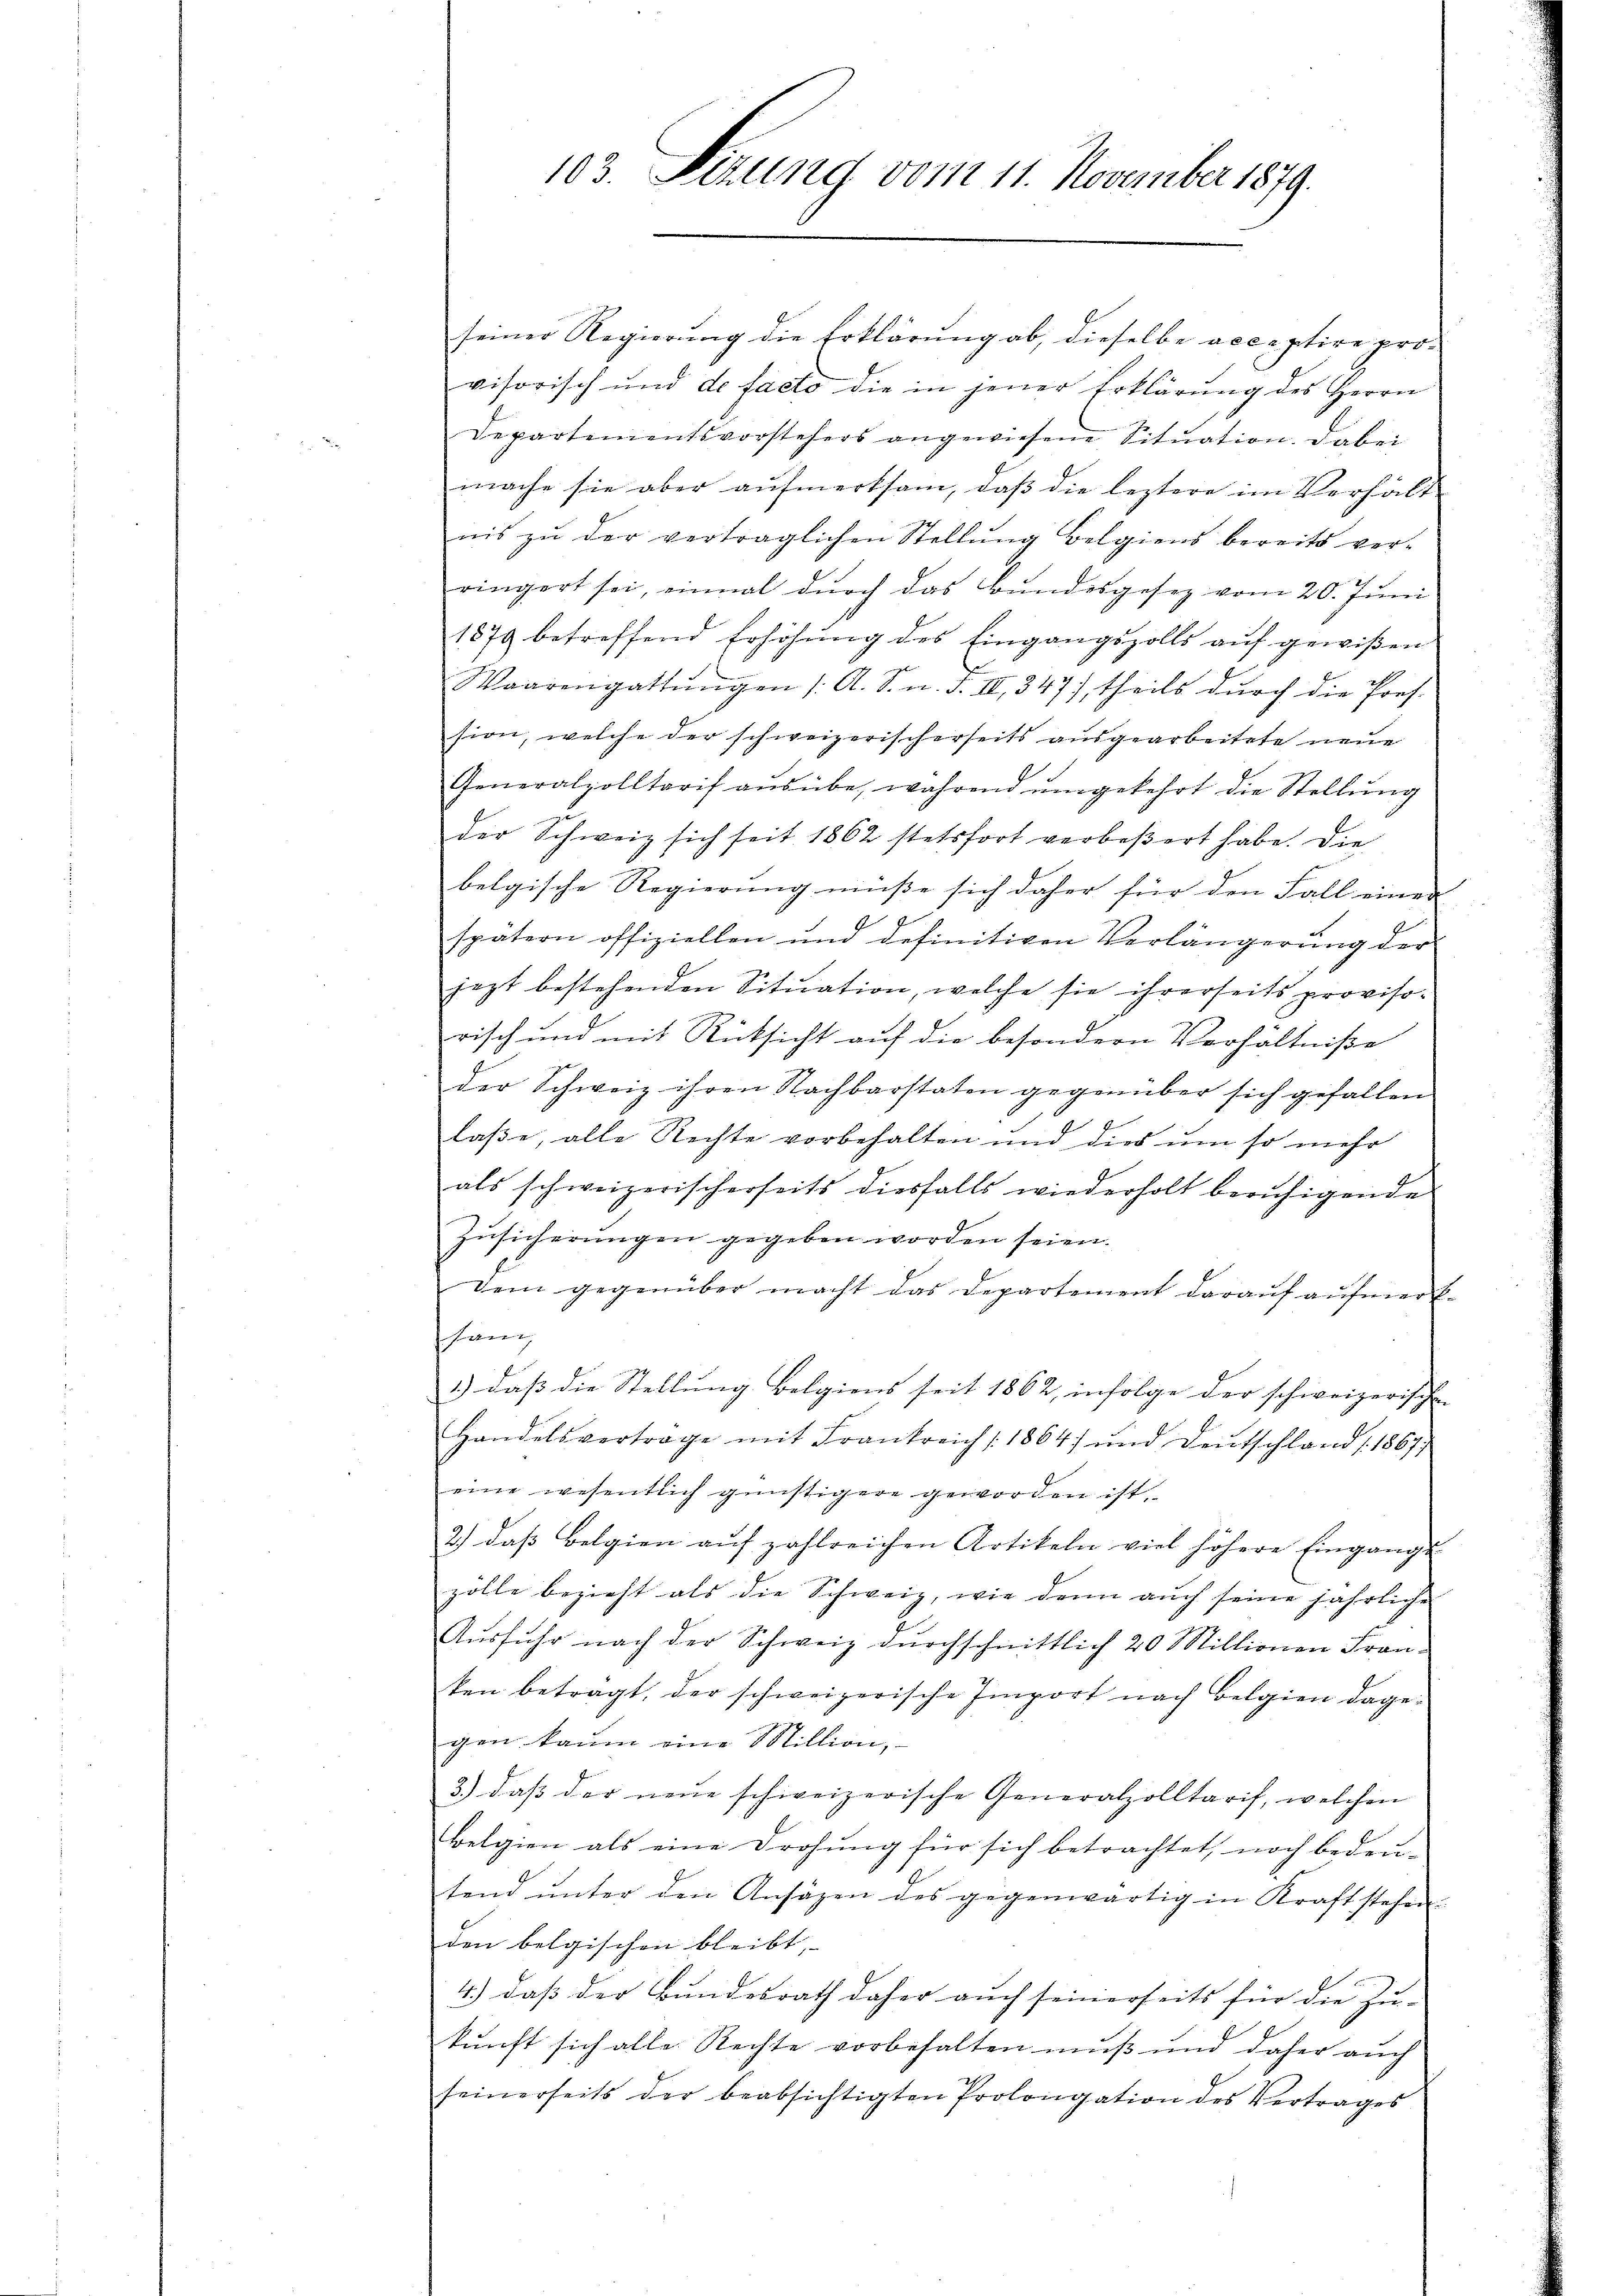
103. Sezung vom 11. November 1879.

seiner Regierung die Erklärung ab, dieselbe receptire pro-
visorisch und de facto die in jener Erklärung des Herrn
Departementsvorstehers angewiesene Situation. Dabei
mache sie aber aufmerksam, daß die leztere im Verhält
nis zŭ der vertraglichen Stellŭng Belgiens bereits ver-
ringert sei, einmal durch das Bundesgesetz vom 20. Juni
1879 betreffend Erhöhŭng des Eingangszolls aŭf gewißen
Waarengattŭngen /: A. S. n. F. II 347), theils durch die Pors.
sion, welche der schweizerischerseits ausgearbeitete neue
Generalzolltarif aŭsübe, während ŭmgekehrt die Stellŭng
der Schweiz sich seit 1862 stetsfort verbeßert habe. Die
belgische Regierung müße sich daher für den Fall einer
J
spatern offiziellen und definitiven Verlängerung der
jezt bestehenden Situation, welche sie ihrerseits provisorisch und mit Rücksicht auf die besondern Verhältniße
der Schweiz ihren Nachbarstaten gegenüber sich gefallen
laße, alle Rechte vorbehalten und dies um so mehr
als schweizerischerseits diesfalls wiederholt beruhigende
Zusicherungen gegeben worden seien.
dem gegenüber macht das Departement daraŭf aŭfmerk-
Phan
1.) daß die Stellung Belgiens seit 1862, infolge der schweizerischen
Handelsvertrage mit Frankreich /: 1864) und Deutschland (1867)
eine wesentlich günstigere geworden ist.
2) daß Belgien auf zahlreichen Artikeln viel höhere Eingange
zölle bezieht als die Schweiz, wie denn auch seine jährliche
Ausfuhr nach der Schweiz durchschnittlich 20 Millionen Franken betragt, der schweizerische Import nach Belgien dage-
gen kaum eine Million,
3.) daβ der neue schweizerische Generalzolltarif, welchen
belgien als eine Drohung für sich betrachtet, noch bedeu-
tend unter den Ansäzen des gegenwärtig in Kraft stehen
den belgischen bleibt, |
4.) daß der Bundesrath daher auch seinerseits für die Zu-
kunft sich alle Rechte vorbehalten muß und daher auch
seinerseits der beabsichtigten Prolongation des Vertrages